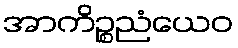
အာကိဉ္စညံယေဝ